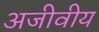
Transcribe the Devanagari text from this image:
अजीवीय